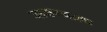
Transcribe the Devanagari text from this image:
जाळण्याला